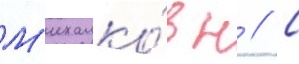
М'ихалко́в н // С